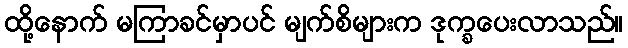
ထို့နောက် မကြာခင်မှာပင် မျက်စိများက ဒုက္ခပေးလာသည်။